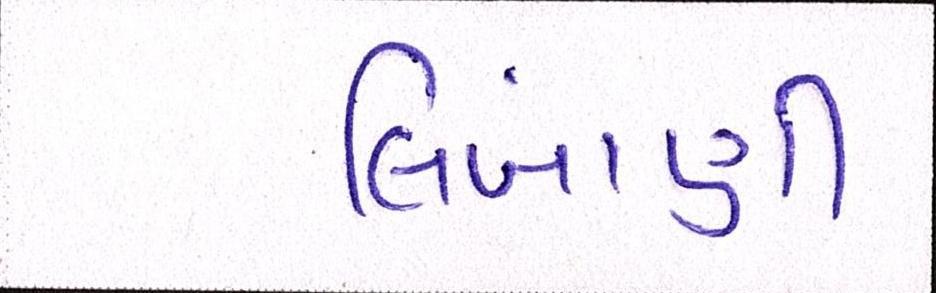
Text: લિંબાણી